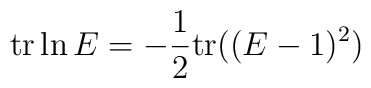
\mathrm{tr}\ln E=-\frac{1}{2}\mathrm{tr}((E-1)^2)